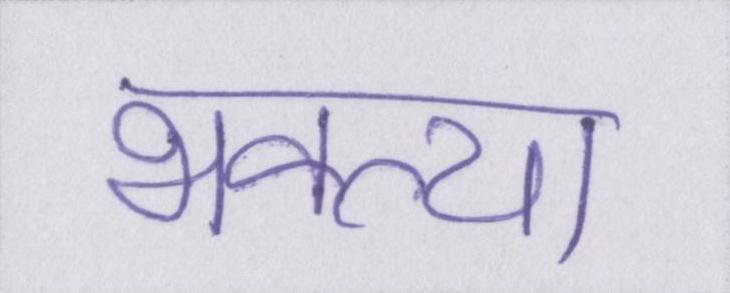
भक्त्या